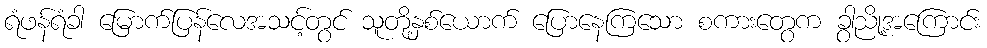
ရံဖန်ရံခါ မြောက်ပြန်လေအသင့်တွင် သူတို့နှစ်ယောက် ပြောနေကြသော စကားတွေက ခွာညို့အကြောင်း